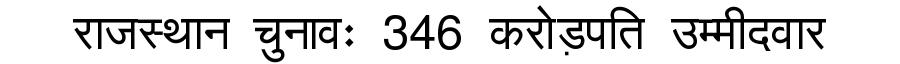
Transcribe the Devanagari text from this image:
राजस्थान चुनावः 346 करोड़पति उम्मीदवार